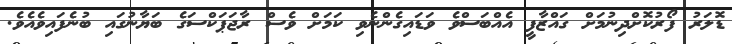
ޑޮލަރު ފޯރުކޮށްދިނުމަށް ގައްޒާފީ އެއްބަސްވެ ވަޑައިގެންނެވި ކަމަށް ވެސް ރާޖަޕަކްސަގެ ބަޔާނުގައި ބުނެފައިވެއެވެ.